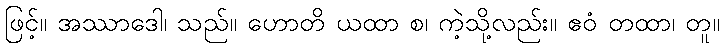
ဖြင့်။ အဿာဒေါ၊ သည်။ ဟောတိ ယထာ စ၊ ကဲ့သို့လည်း။ ဧဝံ တထာ၊ တူ။